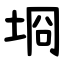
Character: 埛